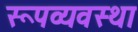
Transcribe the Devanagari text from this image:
रूपव्यवस्था